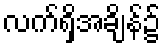
လက်ရှိအချိန်၌